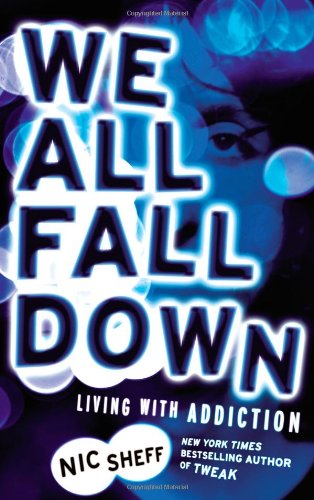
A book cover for We All Fall Down: Living with Addiction; Nic Sheff; Teen & Young Adult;